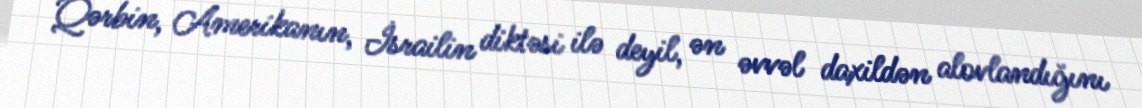
Qərbin, Amerikanın, İsrailin diktəsi ilə deyil, ən əvvəl daxildən alovlandığını